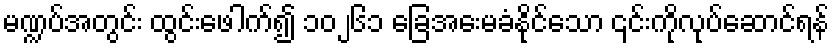
မဏ္ဍပ်အတွင်း ထွင်းဖေါက်၍ ၁၀၂၆၁ ခြေအေးမခံနိုင်သော ၎င်းကိုလုပ်ဆောင်ရန်